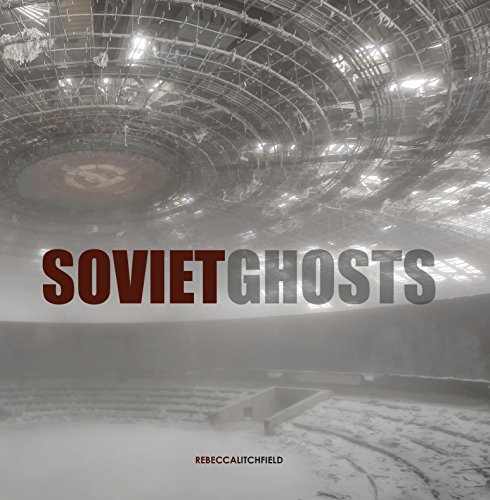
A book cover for Soviet Ghosts: The Soviet Union Abandoned: A Communist Empire in Decay; Arts & Photography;